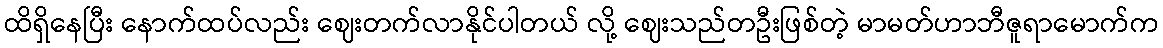
ထိရှိနေပြီး နောက်ထပ်လည်း ဈေးတက်လာနိုင်ပါတယ် လို့ ဈေးသည်တဦးဖြစ်တဲ့ မာမတ်ဟာဘီဇူရာမောက်က